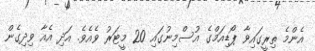
އެންމެ ތިރީގައިވާ ޕޯޑިއަމްގެ އުސްމިނުގައި 20 މީޓަރު ވެއެވެ. އަދި އެއާ ވިދިގެން